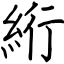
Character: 絎